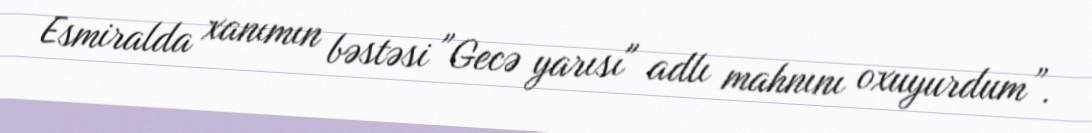
Esmiralda xanımın bəstəsi "Gecə yarısı" adlı mahnını oxuyurdum”.